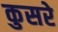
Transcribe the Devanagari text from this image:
कुसरे